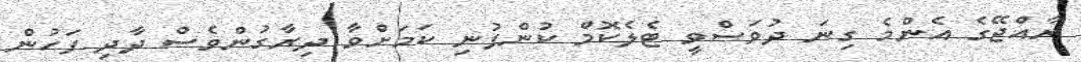
ރާއްޖޭގެ އެންމެ ގިނަ ދުވަސްވީ ޓެލެކޮމް ކުންފުނި ކަމަށްވާ ދިރާގުންވެސް ދާދި ފަހުން